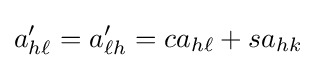
a'_{h\ell }=a'_{\ell h}=ca_{h\ell }+sa_{hk}\,\!